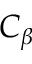
C _ { \beta }